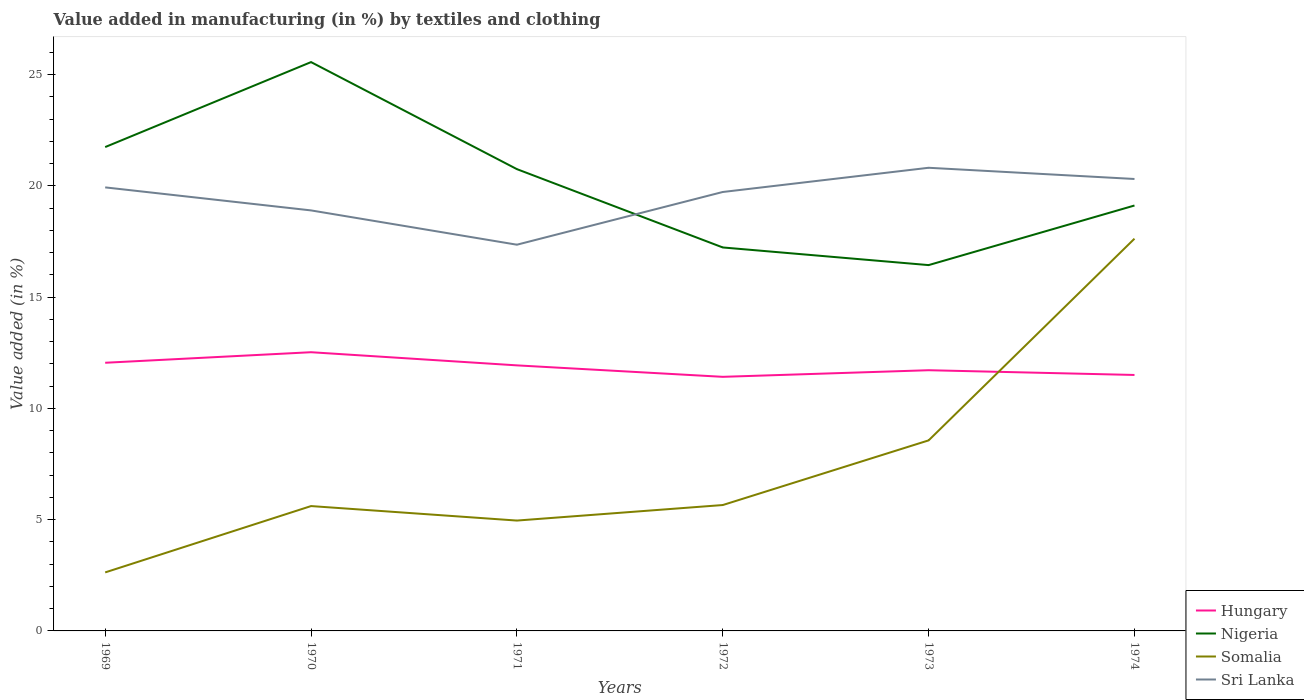
| Years | Hungary | Nigeria | Somalia | Sri Lanka |
 | --- | --- | --- | --- | --- |
 | 1969 | 12.1 | 21.7 | 2.63 | 19.9 |
 | 1970 | 12.5 | 25.6 | 5.61 | 18.9 |
 | 1971 | 11.9 | 20.8 | 4.96 | 17.4 |
 | 1972 | 11.4 | 17.2 | 5.66 | 19.7 |
 | 1973 | 11.7 | 16.4 | 8.56 | 20.8 |
 | 1974 | 11.5 | 19.1 | 17.6 | 20.3 |